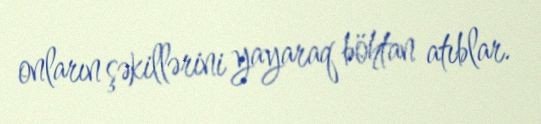
onların şəkillərini yayaraq böhtan atıblar.